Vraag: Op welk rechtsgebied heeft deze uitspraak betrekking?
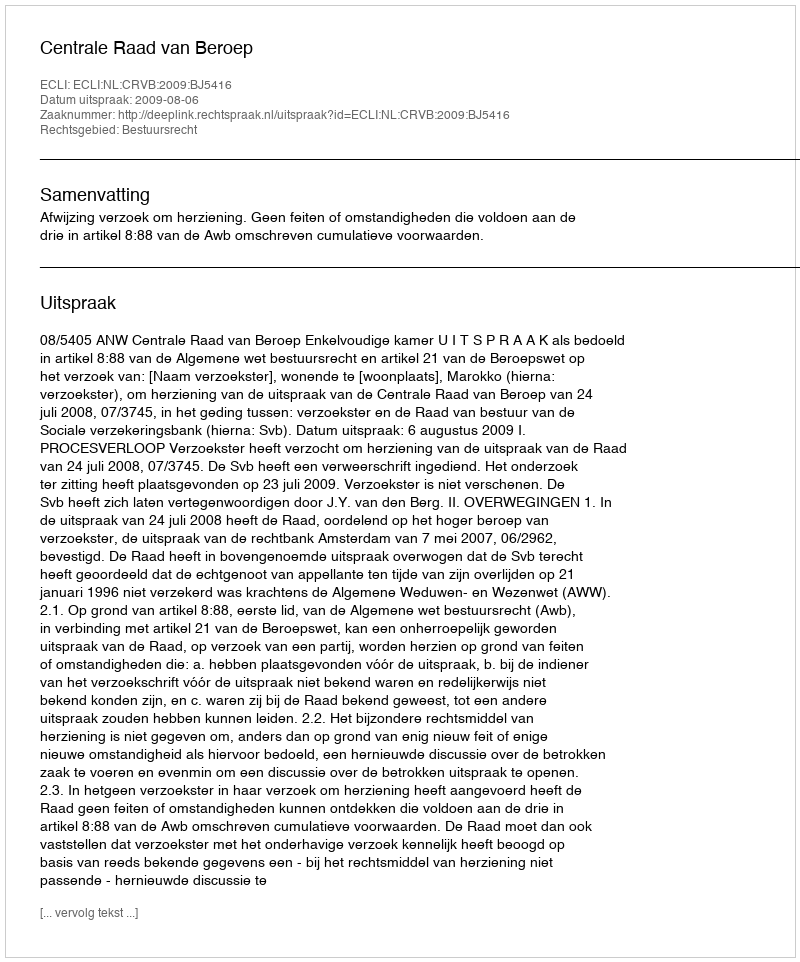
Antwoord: Bestuursrecht